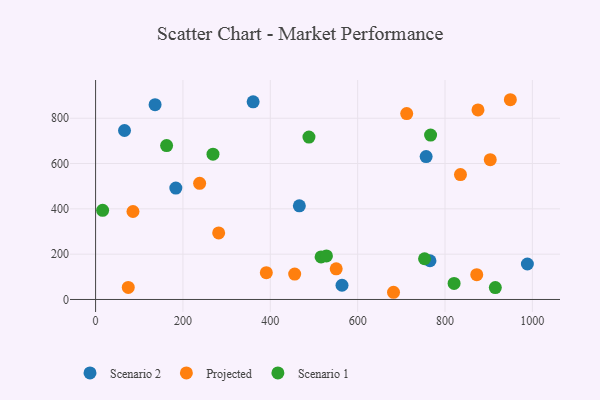
{"axis": {"x": "Ad Spend", "y": "Yield"}, "legend": ["Projected", "Scenario 1", "Scenario 2"], "data": [{"x": "136.2", "y": 859.6, "type": "Scenario 2"}, {"x": "466.5", "y": 413.5, "type": "Scenario 2"}, {"x": "66.2", "y": 745.7, "type": "Scenario 2"}, {"x": "756.8", "y": 630.7, "type": "Scenario 2"}, {"x": "564.2", "y": 62.7, "type": "Scenario 2"}, {"x": "988.6", "y": 156.6, "type": "Scenario 2"}, {"x": "183.7", "y": 491.8, "type": "Scenario 2"}, {"x": "360.7", "y": 872.3, "type": "Scenario 2"}, {"x": "765.6", "y": 170.9, "type": "Scenario 2"}, {"x": "949.6", "y": 881.6, "type": "Projected"}, {"x": "455.8", "y": 112.2, "type": "Projected"}, {"x": "238.2", "y": 512.6, "type": "Projected"}, {"x": "835.4", "y": 551.1, "type": "Projected"}, {"x": "682.1", "y": 31.8, "type": "Projected"}, {"x": "712.3", "y": 820.4, "type": "Projected"}, {"x": "85.6", "y": 388.4, "type": "Projected"}, {"x": "550.9", "y": 135.3, "type": "Projected"}, {"x": "903.6", "y": 616.9, "type": "Projected"}, {"x": "875.5", "y": 836.6, "type": "Projected"}, {"x": "390.9", "y": 118.2, "type": "Projected"}, {"x": "74.8", "y": 53.3, "type": "Projected"}, {"x": "281.8", "y": 293.7, "type": "Projected"}, {"x": "872.7", "y": 109.3, "type": "Projected"}, {"x": "16.1", "y": 393.4, "type": "Scenario 1"}, {"x": "268.8", "y": 641.4, "type": "Scenario 1"}, {"x": "767.0", "y": 725.6, "type": "Scenario 1"}, {"x": "820.8", "y": 70.7, "type": "Scenario 1"}, {"x": "488.5", "y": 716.7, "type": "Scenario 1"}, {"x": "753.2", "y": 179.7, "type": "Scenario 1"}, {"x": "516.3", "y": 187.8, "type": "Scenario 1"}, {"x": "915.2", "y": 52.4, "type": "Scenario 1"}, {"x": "162.6", "y": 679.1, "type": "Scenario 1"}, {"x": "528.6", "y": 192.4, "type": "Scenario 1"}]}